Vaccination in Bombay 1924-1928 - 1924-1928
Year: 1924
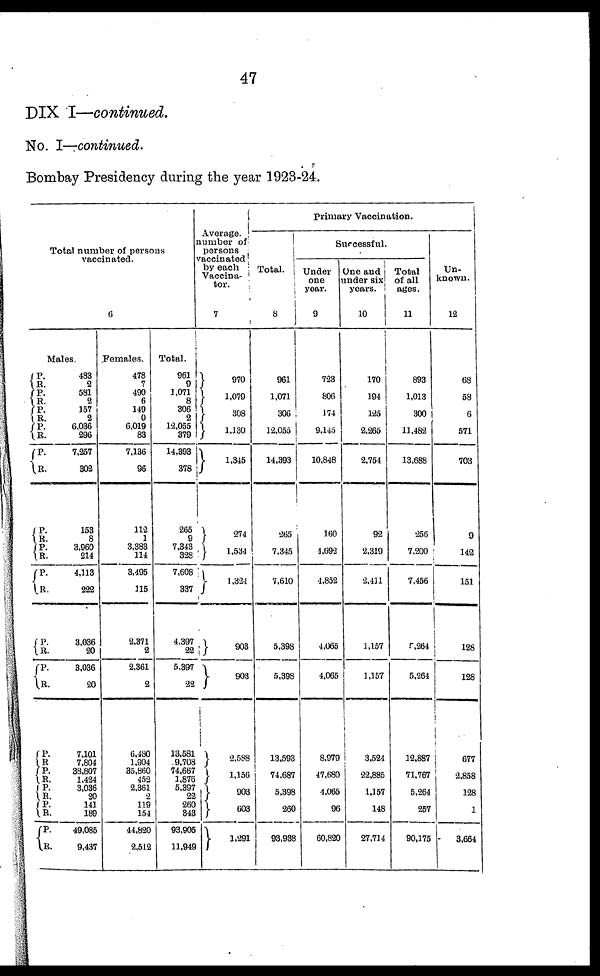
47
DIX I—continued.
No. I—continued.
Bombay Presidency during the year 1923-24.
Total number of persons
vaccinated.
6
Males.
P.
R.
P.
R.
P.
R.
P.
R.
P.
R.
P.
R.
P.
R.
P.
R.
P.
R.
P.
R.
P.
R.
P.
R.
P.
R.
P.
R.
P.
R.
483
2
581
2
157
2
6,036
296
7,257
302
153
8
3,960
214
4,113
222
3,036
20
3,036
20
7,101
7,804
38,807
1,424
3,036
20
141
189
49,085
9,437
Females.
478
7
490
6
149
0
6,019
83
7,136
96
112
1
3,383
114
3,495
115
2,371
2
2,361
2
6,480
1,904
35,860
452
2,361
2
119
151
44,820
2,512
Total.
961
9
1,071
8
306
2
12,055
379
14,393
378
265
9
7,343
328
7,608
337
4,397
22
5,397
22
13,581
9,708
74,667
1,876
5,397
22
260
343
93,905
11,949
Average.
number of
persons
vaccinated
by each
Vaccina¬
tor.
7
970
1,079
308
1,130
1,345
274
1,534
1,324
903
903
2,588
1,156
903
603
1,291
Primary Vaccination.
Total.
8
961
1,071
306
12,055
14,393
265
7,345
7,610
5,398
5,398
13,593
74,687
5,398
260
93,938
Successful.
Under
one
year.
9
723
806
174
9,145
10,848
160
4,692
4,852
4,065
4,065
8,979
47,680
4,065
96
60,820
One and
under six
years.
10
170
194
125
2,265
2,754
92
2,319
2,411
1,157
1,157
3,524
22,885
1,157
148
27,714
Total
of all
ages.
11
893
1,013
300
11,482
13,688
256
7,200
7,456
5,264
5,264
12,887
71,767
5,264
257
90,175
Un-
known.
12
68
58
6
571
703
9
142
151
128
128
677
2,858
128
1
3,664